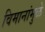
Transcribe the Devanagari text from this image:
विमानांमुळे